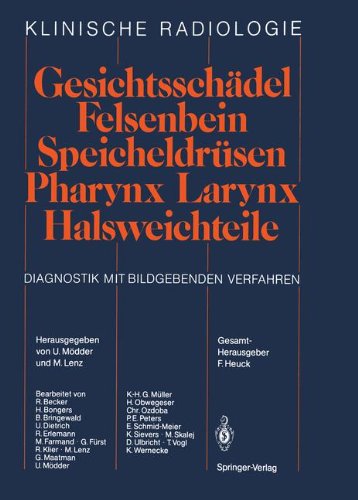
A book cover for GesichtsschÃ¤del Felsenbein Â· SpeicheldrÃ¼sen Â· Pharynx Â· Larynx Halsweichteile: Diagnostik mit bildgebenden Verfahren (Klinische Radiologie) (German Edition); Medical Books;